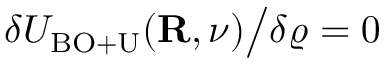
\delta { \cal U } _ { \mathrm { B O + U } } ( { \bf R } , \nu ) \big / \delta \varrho = 0